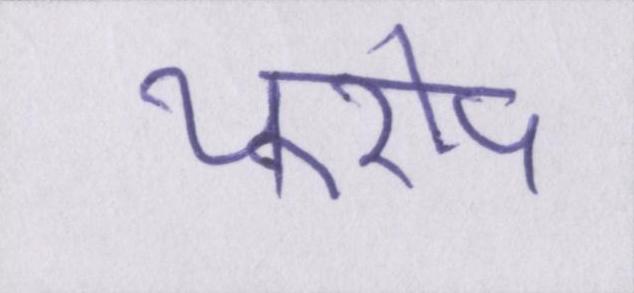
यूरोप